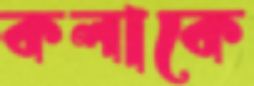
কলাকে